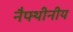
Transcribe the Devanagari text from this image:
नैफ्थीनीय